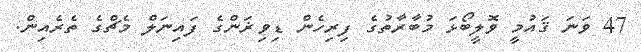
47 ވަނަ ޤައުމީ ވޮލީބޯޅަ މުބާރާތުގެ ފިރިހެން ޑިވިޜަންގެ ފައިނަލް މެޗްގެ ތެރެއިން.